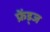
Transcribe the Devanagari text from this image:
फ्रेंड्ज